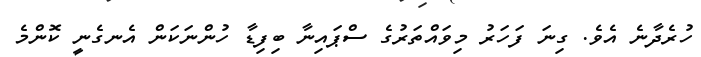
ހުރެދާނެ އެވެ. ގިނަ ފަހަރު މިވައްތަރުގެ ސްޕައިނާ ބިފިޑާ ހުންނަކަން އެނގެނީ ކޮންމެ